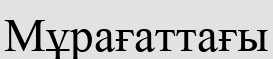
Мұрағаттағы